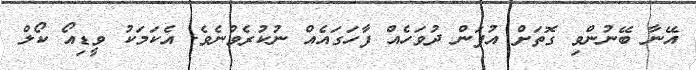
އޭނާ ބޭނުންވި ގޮތަށް އުފަން ދުވަހެއް ފާހަގައެއް ނުކުރެވުނެވެ. އެކަމަކު ވީޑިއޯ ކޯލް